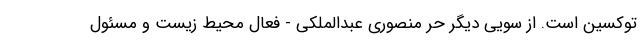
توکسین است. از سویی دیگر حر منصوری عبدالملکی - فعال محیط زیست و مسئول